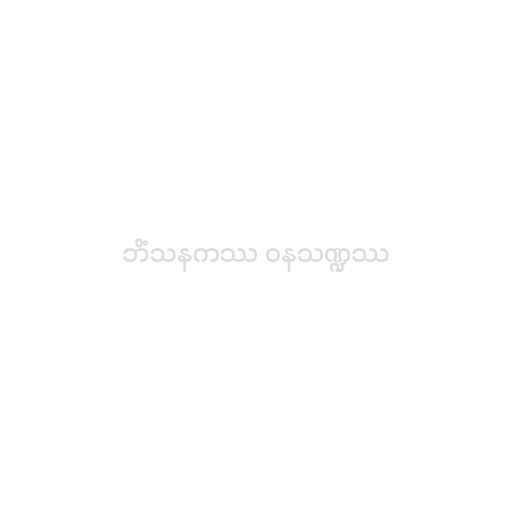
ဘိံသနကဿ ဝနသဏ္ဍဿ